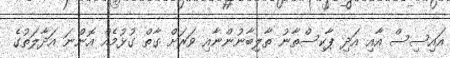
އައިސިސް އާއި އަދި ޕާކިސްތާނު ތާލިބާނުންނާއި ވަރަށް ގާތް ގުޅުމެއް އޮންނަ އަދާލަތުގެ